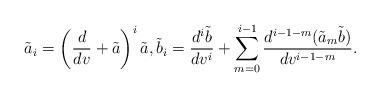
LaTeX: \begin{align*} \tilde{a}_i=\left(\frac{d}{dv}+\tilde{a}\right)^i\tilde{a},\tilde{b}_i=\frac{d^i\tilde{b}}{dv^i}+\sum_{m=0}^{i-1}\frac{d^{i-1-m}(\tilde{a}_m\tilde{b})}{dv^{i-1-m}}.\end{align*}